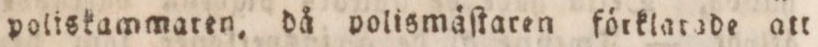
poliskammaten, då polismåſtaren förklarade att